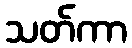
သတ်ကာ